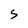
Character: S